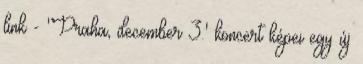
link - 'Praha, december 3.' koncert képei egy új